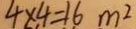
4 \times 4 = 1 6 m ^ { 2 }